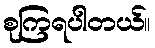
စုကြရပါတယ်။